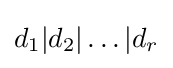
d_{1}|d_{2}|\dots |d_{r}